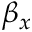
\beta _ { x }